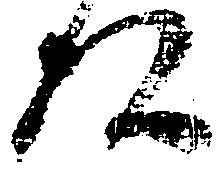
後